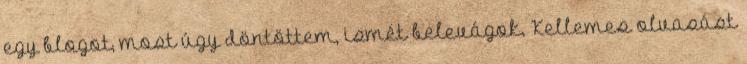
egy blogot, most úgy döntöttem, ismét belevágok. Kellemes olvasást